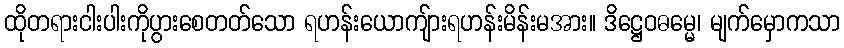
ထိုတရားငါးပါးကိုပွားစေတတ်သော ရဟန်းယောကျ်ားရဟန်းမိန်းမအား။ ဒိဋ္ဌေဝဓမ္မေ၊ မျက်မှောကသာ